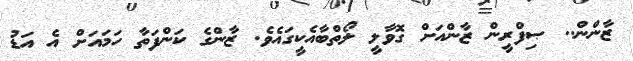
ޒާންން.. ޞިފްރީން ޒާންއަށް ގޮވާލީ ލޯތްބާއެކީގައެވެ. ޒާންގެ ކަންފަތާ ހަމައަށް އެ އަޑު